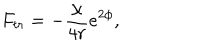
LaTeX: F _ { t r } = - \frac { \chi } { 4 r } e ^ { 2 \phi } ,